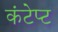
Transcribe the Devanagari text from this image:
कंटेप्ट